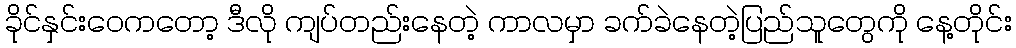
ခိုင်နှင်းဝေကတော့ ဒီလို ကျပ်တည်းနေတဲ့ ကာလမှာ ခက်ခဲနေတဲ့ပြည်သူတွေကို နေ့တိုင်း